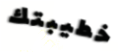
خطيبتك